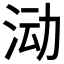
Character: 𱦅